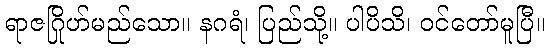
ရာဇဂြိုဟ်မည်သော။ နဂရံ၊ ပြည်သို့။ ပါပိသိ၊ ဝင်တော်မူပြီ။